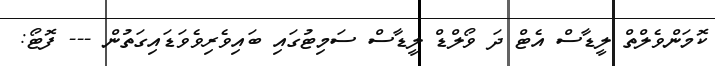
ކޮމަންވެލްތް ލީޑާސް އެޓް ދަ ވޯލްޑް ލީޑާސް ސަމިޓުގައި ބައިވެރިވެވަޑައިގަތުން --- ފޮޓޯ: